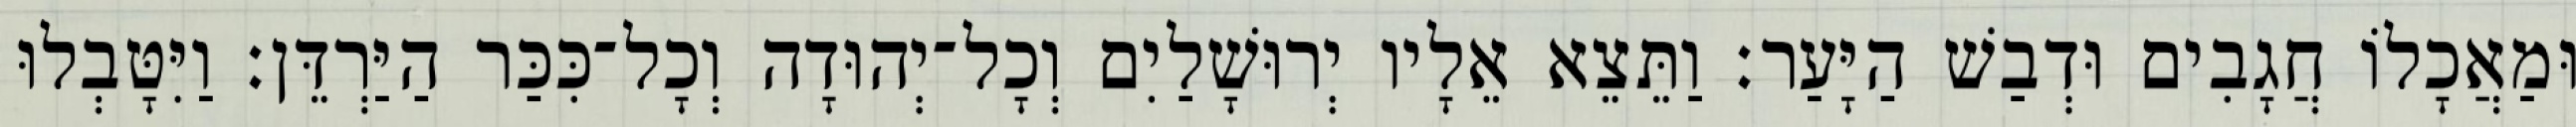
וּמַאֲכָלוֹ חֲגָבִים וּדְבַשׁ הַיָּעַר׃ וַתֵּצֵא אֵלָיו יְרוּשָׁלַיִם וְכָל־יְהוּדָה וְכָל־כִּכַּר הַיַּרְדֵּן׃ וַיִּטָּבְלוּ